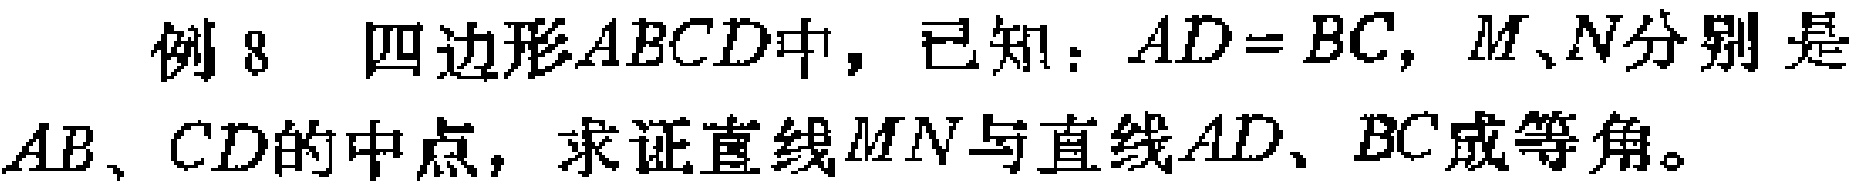
例8 四边形\(ABCD\)中，已知：\(AD = BC\)，\(M、N\)分别是\(AB、CD\)的中点，求证直线\(MN\)与直线\(AD、BC\)成等角。